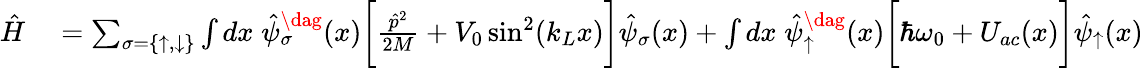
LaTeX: \begin{array}{rl}{\hat{H}}&{{}=\sum_{\sigma=\{ \uparrow,\downarrow\} }\int dx\; \hat{\psi}_{\sigma}^{\dag}(x)\bigg[\frac{\hat{p}^{2}}{2M}+V_{0}\sin^{2}(k_{L}x)\bigg]\hat{\psi}_{\sigma}(x)+\int dx\; \hat{\psi}_{\uparrow}^{\dag}(x)\bigg[\hbar\omega_{0}+U_{ac}(x)\bigg]\hat{\psi}_{\uparrow}(x)}\end{array}